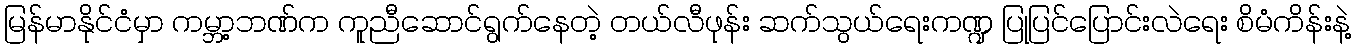
မြန်မာနိုင်ငံမှာ ကမ္ဘာ့ဘဏ်က ကူညီဆောင်ရွက်နေတဲ့ တယ်လီဖုန်း ဆက်သွယ်ရေးကဏ္ဍ ပြုပြင်ပြောင်းလဲရေး စိမံကိန်းနဲ့